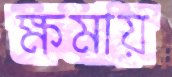
ক্ষমায়